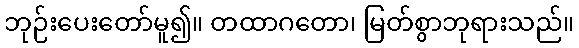
ဘုဉ်းပေးတော်မူ၍။ တထာဂတော၊ မြတ်စွာဘုရားသည်။